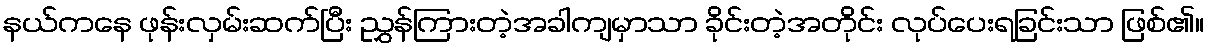
နယ်ကနေ ဖုန်းလှမ်းဆက်ပြီး ညွှန်ကြားတဲ့အခါကျမှာသာ ခိုင်းတဲ့အတိုင်း လုပ်ပေးရခြင်းသာ ဖြစ်၏။